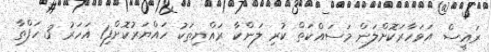
ރައީސް އަވަހާރަކޮށްލަން މަސައްކަތް ކުރި ލަންކާ ރައްޔިތަކު ހައްޔަރުކޮށްފި1 އަހަރު 3 ހަފްތާ